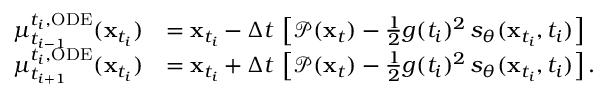
\begin{array} { r l } { \mu _ { t _ { i - 1 } } ^ { t _ { i } , \mathrm { O D E } } ( \mathbf { x } _ { t _ { i } } ) } & { = \mathbf { x } _ { t _ { i } } - \Delta t \, \left[ \mathcal { P } ( \mathbf { x } _ { t } ) - \frac { 1 } { 2 } g ( t _ { i } ) ^ { 2 } \, s _ { \theta } ( \mathbf { x } _ { t _ { i } } , t _ { i } ) \right] } \\ { \mu _ { t _ { i + 1 } } ^ { t _ { i } , \mathrm { O D E } } ( \mathbf { x } _ { t _ { i } } ) } & { = \mathbf { x } _ { t _ { i } } + \Delta t \, \left[ \mathcal { P } ( \mathbf { x } _ { t } ) - \frac { 1 } { 2 } g ( t _ { i } ) ^ { 2 } \, s _ { \theta } ( \mathbf { x } _ { t _ { i } } , t _ { i } ) \right] . } \end{array}